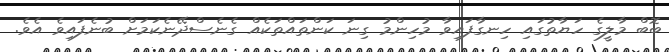
ބޮބް މާލީގެ ހަޔާތުގައި ހިނގާފައިވާ މުހިންމު ގިނަ ކަންތައްތަކެއް ގެނެސްދޭނެކަމަށް ބުނެފައިވެ އެވެ.